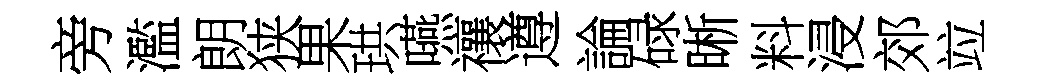
旁濫朗狭果珙嚥禳遵論碌晰料浸郊竝